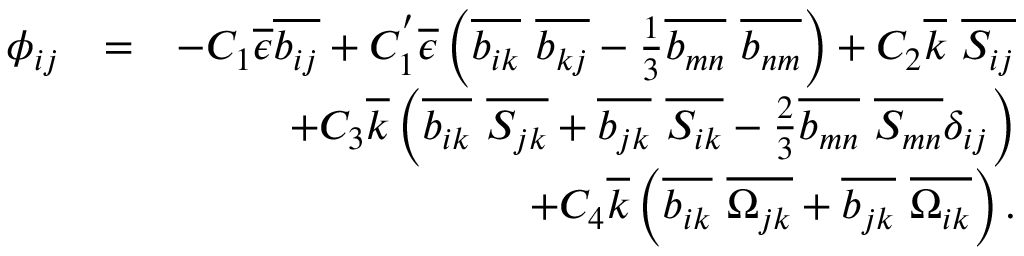
\begin{array} { r l r } { \phi _ { i j } } & { = } & { - C _ { 1 } \overline { { \epsilon } } \overline { { b _ { i j } } } + C _ { 1 } ^ { ' } \overline { { \epsilon } } \left( \overline { { b _ { i k } } } \ \overline { { b _ { k j } } } - \frac { 1 } { 3 } \overline { { b _ { m n } } } \ \overline { { b _ { n m } } } \right) + C _ { 2 } \overline { { k } } \ \overline { { S _ { i j } } } } \\ & { } & { + C _ { 3 } \overline { { k } } \left( \overline { { b _ { i k } } } \ \overline { { S _ { j k } } } + \overline { { b _ { j k } } } \ \overline { { S _ { i k } } } - \frac { 2 } { 3 } \overline { { b _ { m n } } } \ \overline { { S _ { m n } } } \delta _ { i j } \right) } \\ & { } & { + C _ { 4 } \overline { { k } } \left( \overline { { b _ { i k } } } \ \overline { { \Omega _ { j k } } } + \overline { { b _ { j k } } } \ \overline { { \Omega _ { i k } } } \right) . } \end{array}